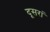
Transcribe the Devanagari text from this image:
दूसरां